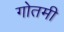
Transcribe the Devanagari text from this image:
गोतमी